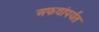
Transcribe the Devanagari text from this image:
अफवांपर्यंत